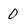
Character: 0